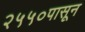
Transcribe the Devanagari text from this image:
२५५०पासून